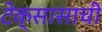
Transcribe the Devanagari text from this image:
टेक्सासाची